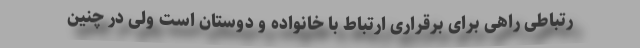
رتباطی راهی برای برقراری ارتباط با خانواده و دوستان است ولی در چنین